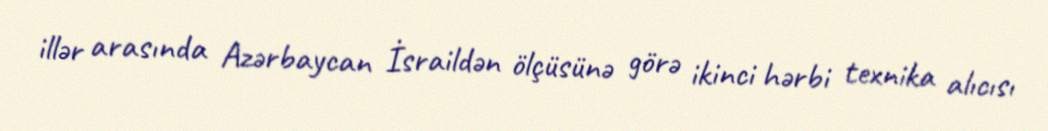
illər arasında Azərbaycan İsraildən ölçüsünə görə ikinci hərbi texnika alıcısı